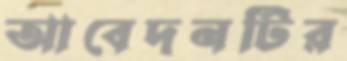
আবেদনটির